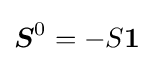
{\boldsymbol {S}}^{0}=-S{\boldsymbol {1}}